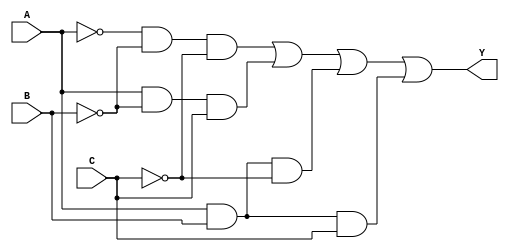
module combinational_logic (
    input wire A,  // Input variable A
    input wire B,  // Input variable B
    input wire C,  // Input variable C
    output wire Y  // Output variable Y
);

// Intermediate signals for the minimized expression
wire not_A;
wire not_B;
wire not_C;
wire term1;  // A'B'C'
wire term2;  // AB'C
wire term3;  // ABC'
wire term4;  // ABC

// Logic implementation based on the minimized Boolean expression
// Y = A'B'C' + AB'C + ABC' + ABC
assign not_A = ~A;
assign not_B = ~B;
assign not_C = ~C;

// Generate product terms
assign term1 = not_A & not_B & not_C; // A'B'C'
assign term2 = A & not_B & C;         // AB'C
assign term3 = A & B & not_C;         // ABC'
assign term4 = A & B & C;             // ABC

// Final output Y is the OR of all product terms
assign Y = term1 | term2 | term3 | term4;

endmodule